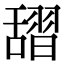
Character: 𦧱